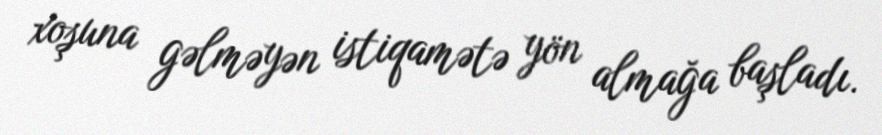
xoşuna gəlməyən istiqamətə yön almağa başladı.